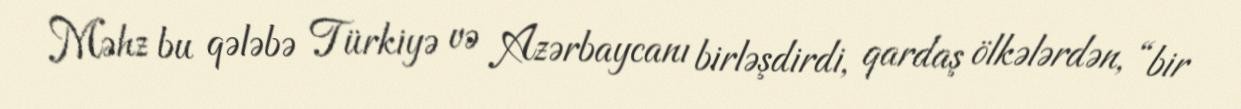
Məhz bu qələbə Türkiyə və Azərbaycanı birləşdirdi, qardaş ölkələrdən, “bir